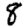
Digit: 8